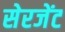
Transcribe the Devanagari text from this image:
सेरजेंट